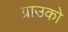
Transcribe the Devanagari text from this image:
ग्राउको